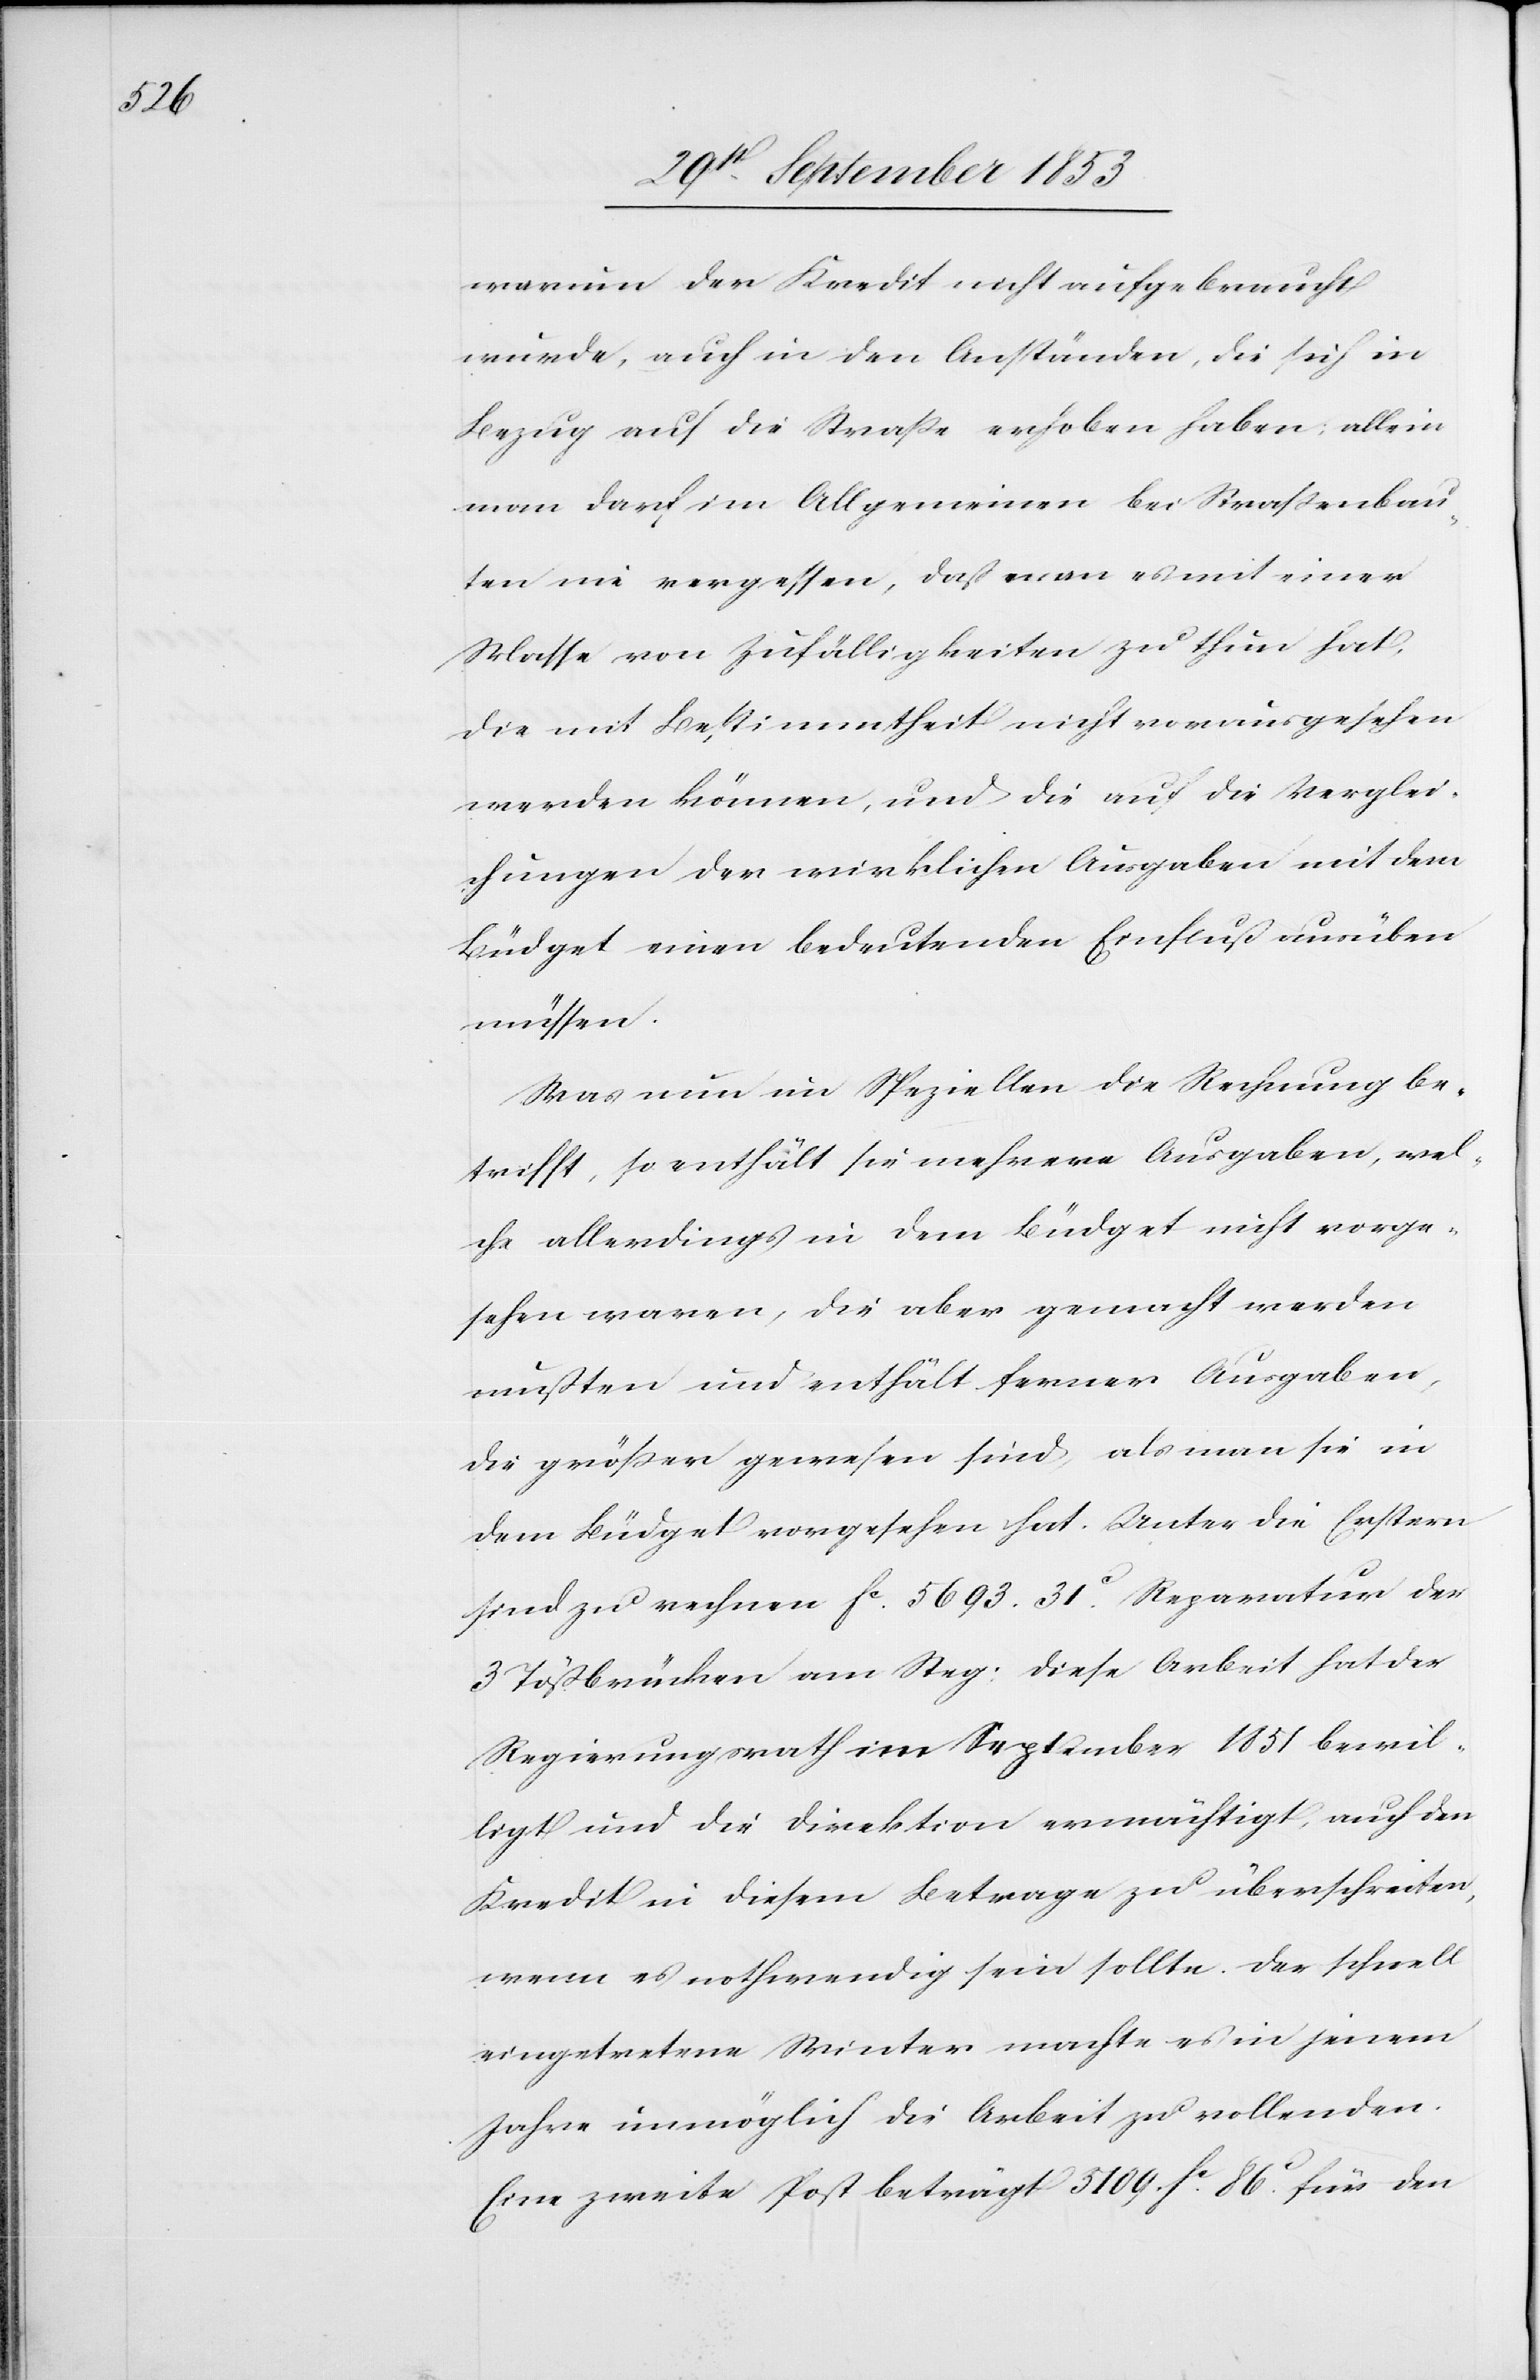
warum der Kredit nicht aufgebraucht
wurde, auch in den Anständen, die sich in
Bezug auf die Straße erhoben haben, allein
man darf im Allgemeinen bei Straßenbau¬
ten nie vergessen, daß man es mit einer
Masse von Zufälligkeiten zu thun hat,
die mit Bestimmtheit nicht vorausgesehen
werden können, und die auf die Verglei¬
chungen der wirklichen Ausgaben mit dem
Büdget einen bedeutenden Einfluss ausüben
müssen.
Was nun im Speziellen die Rechnung be¬
trifft, so enthält sie mehrere Ausgaben, wel¬
che allerdings in dem Büdget nicht vorge¬
sehen waren, die aber gemacht werden
mußten und enthält ferner Ausgaben,
die größer gewesen sind, als man sie in
dem Büdget vorgesehen hat. Unter die Erstern
sind zu nehmen fc 5693. 31c Reparatur der
3 Tößbrücken am Steg: diese Arbeit hat der
Regierungsrath im September 1851 bewil¬
ligt und die Direktion ermächtigt, auch den
Kredit in diesem Betrage zu überschreiten,
wenn es nothwendig sein sollte. Der schnell
eingetretene Winter machte es in jenem
Jahre unmöglich die Arbeit zu vollenden.
Eine zweite Post beträgt 3109 fc 86c für den